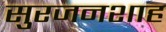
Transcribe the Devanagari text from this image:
सुरजनशाह